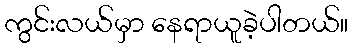
ကွင်းလယ်မှာ နေရာယူခဲ့ပါတယ်။